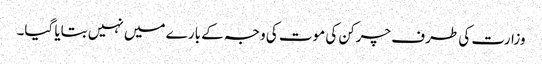
وزارت کی طرف چرکن کی موت کی وجہ کے بارے میں نہیں بتایا گیا۔